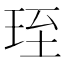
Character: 𤥇